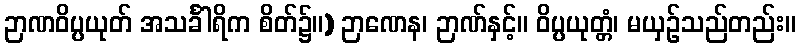
ဉာဏဝိပ္ပယုတ် အသင်္ခါရိက စိတ်၌။) ဉာဏေန၊ ဉာဏ်နှင့်။ ဝိပ္ပယုတ္တံ၊ မယှဉ်သည်တည်း။